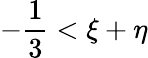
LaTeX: -{\frac{1}{3}}<\xi+\eta